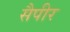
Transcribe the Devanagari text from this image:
सैपीर